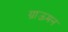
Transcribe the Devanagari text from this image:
ग्राऊमन